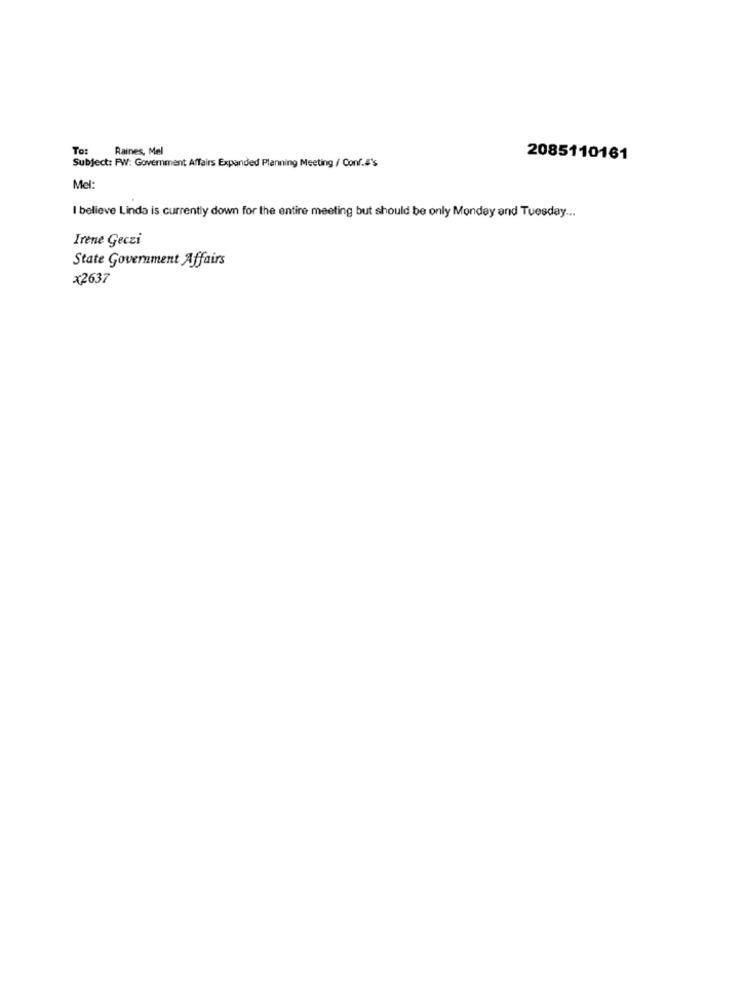
To:
Raines, Mel
2085110161
Subject: FW: Government Affairs Expanded Planning Meeting / Conf.#'s
Mel:
I believe Linda is currently down for the entire meeting but should be only Monday and Tuesday ...
Irene Geczi
State Government Affairs
x2637